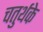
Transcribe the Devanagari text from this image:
चतुर्थके